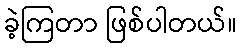
ခဲ့ကြတာ ဖြစ်ပါတယ်။